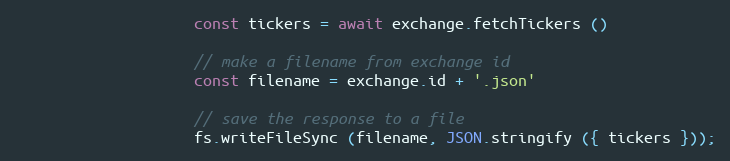
Language: JavaScript
                    const tickers = await exchange.fetchTickers ()

                    // make a filename from exchange id
                    const filename = exchange.id + '.json'

                    // save the response to a file
                    fs.writeFileSync (filename, JSON.stringify ({ tickers }));